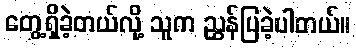
တွေ့ရှိခဲ့တယ်လို့ သူက ညွှန်ပြခဲ့ပါတယ်။